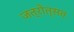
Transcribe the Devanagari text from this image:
जत्रोत्सव